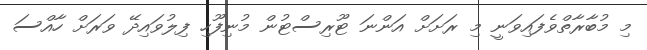
މި މުބާރާތްވެފައިވަނީ މި ރަށަށް އަންނަ ޓޫރިސްޓުން މުނިފޫހި ފިލުވައިދޭ ވަރަށް ހާއްސަ